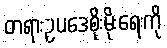
တရားဥပဒေစိုးမိုးရေးကို